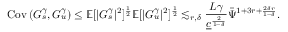
\mathrm { C o v } \left( G _ { s } ^ { \gamma } , G _ { u } ^ { \gamma } \right) \le \mathbb { E } [ | G _ { s } ^ { \gamma } | ^ { 2 } ] ^ { \frac { 1 } { 2 } } \mathbb { E } [ | G _ { u } ^ { \gamma } | ^ { 2 } ] ^ { \frac { 1 } { 2 } } \lesssim _ { r , \delta } \frac { L \gamma } { \underline { { c } } ^ { \frac { 2 } { 1 - \delta } } } \bar { \Psi } ^ { 1 + 3 r + \frac { 2 \delta r } { 1 - \delta } } .